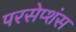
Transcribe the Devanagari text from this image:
परसेप्शंस